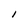
Character: I